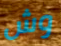
وش